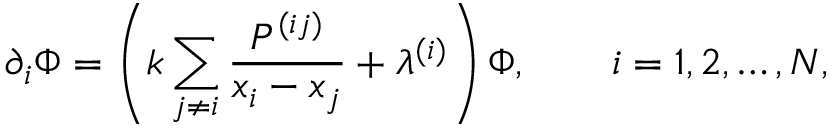
\partial _ { i } \Phi = \left( k \sum _ { j \ne i } \frac { P ^ { ( i j ) } } { x _ { i } - x _ { j } } + \lambda ^ { ( i ) } \right) \Phi , \qquad i = 1 , 2 , \ldots , N ,